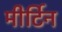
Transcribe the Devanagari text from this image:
मीर्टिन